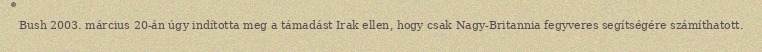
Bush 2003. március 20-án úgy indította meg a támadást Irak ellen, hogy csak Nagy-Britannia fegyveres segítségére számíthatott.